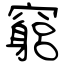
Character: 竆